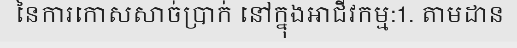
នៃការកោសសាច់ប្រាក់ នៅក្នុងអាជីវកម្ម:1. តាមដាន